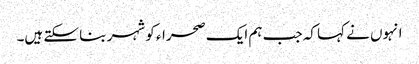
انہوں نے کہا کہ جب ہم ایک صحراء کو شہر بنا سکتے ہیں۔